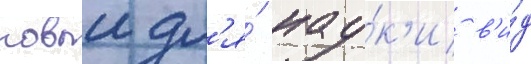
новыи дл'я́ нау́к'и в'и́д